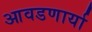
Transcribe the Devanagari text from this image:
आवडणार्या